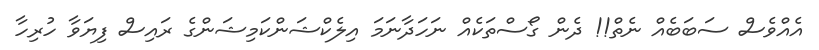
އެއްވެސް ސަބަބެއް ނެތް!! ދެން ގޯސްތަކެއް ނަހަދާނަމަ އިލެކްޝަންކަމިޝަންގެ ރައިސް ފިޔަވާ ހުރިހާ